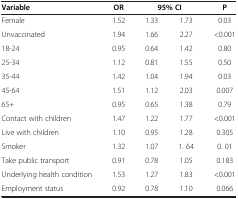
<table><thead><tr><td><b>Variable</b></td><td><b>OR</b></td><td colspan="2"><b>95% CI</b></td><td><b>P</b></td></tr></thead><tbody><tr><td>Female</td><td>1.52</td><td>1.33</td><td>1.73</td><td>0.03</td></tr><tr><td>Unvaccinated</td><td>1.94</td><td>1.66</td><td>2.27</td><td>&lt;0.001</td></tr><tr><td>18-24</td><td>0.95</td><td>0.64</td><td>1.42</td><td>0.80</td></tr><tr><td>25-34</td><td>1.12</td><td>0.81</td><td>1.55</td><td>0.50</td></tr><tr><td>35-44</td><td>1.42</td><td>1.04</td><td>1.94</td><td>0.03</td></tr><tr><td>45-64</td><td>1.51</td><td>1.12</td><td>2.03</td><td>0.007</td></tr><tr><td>65+</td><td>0.95</td><td>0.65</td><td>1.38</td><td>0.79</td></tr><tr><td>Contact with children</td><td>1.47</td><td>1.22</td><td>1.77</td><td>&lt;0.001</td></tr><tr><td>Live with children</td><td>1.10</td><td>0.95</td><td>1.28</td><td>0.305</td></tr><tr><td>Smoker</td><td>1.32</td><td>1.07</td><td>1. 64</td><td>0. 01</td></tr><tr><td>Take public transport</td><td>0.91</td><td>0.78</td><td>1.05</td><td>0.183</td></tr><tr><td>Underlying health condition</td><td>1.53</td><td>1.27</td><td>1.83</td><td>&lt;0.001</td></tr><tr><td>Employment status</td><td>0.92</td><td>0.78</td><td>1.10</td><td>0.066</td></tr></tbody></table>